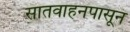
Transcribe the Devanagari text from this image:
सातवाहनपासून